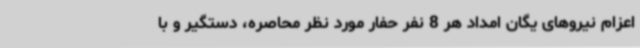
اعزام نیروهای یگان امداد هر 8 نفر حفار مورد نظر محاصره، دستگیر و با